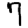
Digit: 7